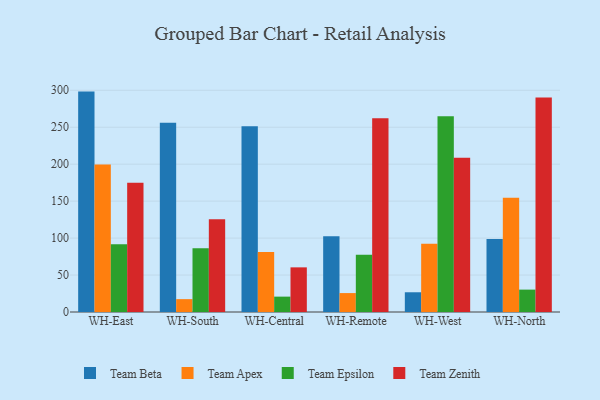
{"axis": {"x": "Warehouse", "y": "Production Output"}, "legend": ["Team Apex", "Team Beta", "Team Epsilon", "Team Zenith"], "data": [{"x": "WH-East", "y": 298.2, "type": "Team Beta"}, {"x": "WH-East", "y": 199.6, "type": "Team Apex"}, {"x": "WH-East", "y": 91.7, "type": "Team Epsilon"}, {"x": "WH-East", "y": 174.8, "type": "Team Zenith"}, {"x": "WH-South", "y": 255.9, "type": "Team Beta"}, {"x": "WH-South", "y": 17.4, "type": "Team Apex"}, {"x": "WH-South", "y": 86.1, "type": "Team Epsilon"}, {"x": "WH-South", "y": 125.5, "type": "Team Zenith"}, {"x": "WH-Central", "y": 251.3, "type": "Team Beta"}, {"x": "WH-Central", "y": 81.1, "type": "Team Apex"}, {"x": "WH-Central", "y": 20.8, "type": "Team Epsilon"}, {"x": "WH-Central", "y": 60.4, "type": "Team Zenith"}, {"x": "WH-Remote", "y": 102.6, "type": "Team Beta"}, {"x": "WH-Remote", "y": 25.6, "type": "Team Apex"}, {"x": "WH-Remote", "y": 77.6, "type": "Team Epsilon"}, {"x": "WH-Remote", "y": 262.3, "type": "Team Zenith"}, {"x": "WH-West", "y": 26.7, "type": "Team Beta"}, {"x": "WH-West", "y": 92.3, "type": "Team Apex"}, {"x": "WH-West", "y": 264.8, "type": "Team Epsilon"}, {"x": "WH-West", "y": 208.7, "type": "Team Zenith"}, {"x": "WH-North", "y": 98.9, "type": "Team Beta"}, {"x": "WH-North", "y": 154.5, "type": "Team Apex"}, {"x": "WH-North", "y": 30.3, "type": "Team Epsilon"}, {"x": "WH-North", "y": 290.2, "type": "Team Zenith"}]}